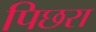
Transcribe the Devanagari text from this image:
पिछरा